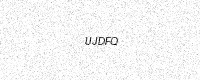
Text: UJDFQ